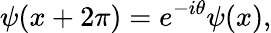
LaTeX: \psi(x+2\pi)=e^{-i\theta}\psi(x),